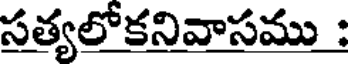
సత్యలోకనివాసము :